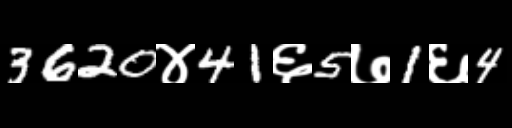
Text: 3620४41६5७1६4